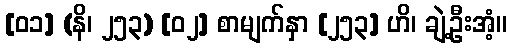
[၀၁] (နိ၊ ၂၅၃) [၀၂] စာမျက်နှာ [၂၅၃] ဟိ၊ ချဲ့ဦးအံ့။